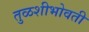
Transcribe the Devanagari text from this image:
तुळशीभोवती